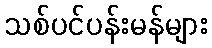
သစ်ပင်ပန်းမန်များ